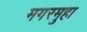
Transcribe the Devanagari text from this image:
मगरमुहा